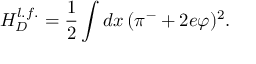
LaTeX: H _ { D } ^ { l . f . } = \frac { 1 } { 2 } \int d x \, ( \pi ^ { - } + 2 e \varphi ) ^ { 2 } .